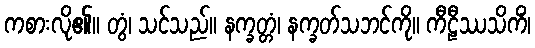
ကစားလို၏။ တွံ၊ သင်သည်။ နက္ခတ္တံ၊ နက္ခတ်သဘင်ကို။ ကီဠီဿသိကိံ၊